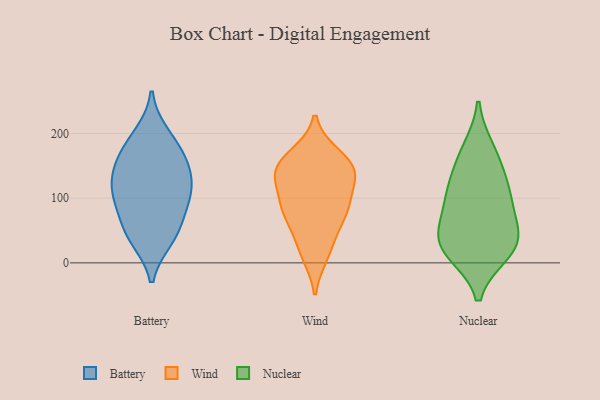
{"axis": {"x": "Shipments", "y": "Value"}, "legend": ["Battery", "Nuclear", "Wind"], "data": [{"x": "", "y": 153, "type": "Battery"}, {"x": "", "y": 160, "type": "Battery"}, {"x": "", "y": 38, "type": "Battery"}, {"x": "", "y": 44, "type": "Battery"}, {"x": "", "y": 93, "type": "Battery"}, {"x": "", "y": 197, "type": "Battery"}, {"x": "", "y": 104, "type": "Battery"}, {"x": "", "y": 180, "type": "Battery"}, {"x": "", "y": 127, "type": "Battery"}, {"x": "", "y": 53, "type": "Battery"}, {"x": "", "y": 129, "type": "Battery"}, {"x": "", "y": 99, "type": "Battery"}, {"x": "", "y": 138, "type": "Wind"}, {"x": "", "y": 88, "type": "Wind"}, {"x": "", "y": 130, "type": "Wind"}, {"x": "", "y": 78, "type": "Wind"}, {"x": "", "y": 42, "type": "Wind"}, {"x": "", "y": 86, "type": "Wind"}, {"x": "", "y": 11, "type": "Wind"}, {"x": "", "y": 156, "type": "Wind"}, {"x": "", "y": 168, "type": "Wind"}, {"x": "", "y": 136, "type": "Wind"}, {"x": "", "y": 154, "type": "Nuclear"}, {"x": "", "y": 109, "type": "Nuclear"}, {"x": "", "y": 95, "type": "Nuclear"}, {"x": "", "y": 105, "type": "Nuclear"}, {"x": "", "y": 40, "type": "Nuclear"}, {"x": "", "y": 174, "type": "Nuclear"}, {"x": "", "y": 17, "type": "Nuclear"}, {"x": "", "y": 29, "type": "Nuclear"}, {"x": "", "y": 49, "type": "Nuclear"}, {"x": "", "y": 23, "type": "Nuclear"}]}